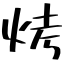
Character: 烤